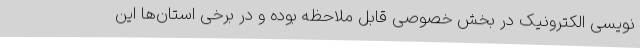
نویسی الکترونیک در بخش خصوصی قابل ملاحظه بوده و در برخی استان‌ها این